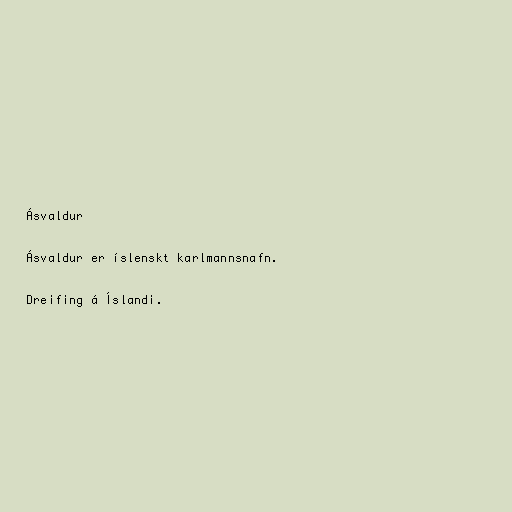
Ásvaldur

Ásvaldur er íslenskt karlmannsnafn.

Dreifing á Íslandi.